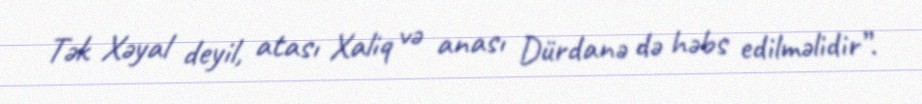
Tək Xəyal deyil, atası Xaliq və anası Dürdanə də həbs edilməlidir”.